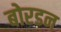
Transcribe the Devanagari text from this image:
बोरडन